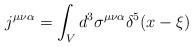
LaTeX: \begin{align*}j^{\mu\nu\alpha} = \int_V d^3 \sigma^{\mu\nu\alpha} \delta^5 (x - \xi)\end{align*}